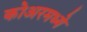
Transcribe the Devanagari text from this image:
कोअरमध्ये